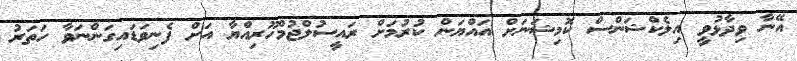
އޭނާ ވިދާޅުވީ އިލެކްޝަންސް ކޮމިޝަނަށް އައްޔަން ކުރުމަށް ރައީސުލްޖުމްހޫރިއްޔާ އަށް ފެނިވަޑައިގަންނަވާ ހަތަރު